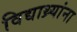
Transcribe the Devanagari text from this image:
विद्याथ्र्यांना